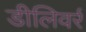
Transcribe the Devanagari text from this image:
डीलिवर्र